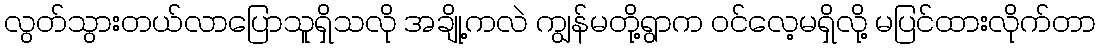
လွတ်သွားတယ်လာပြောသူရှိသလို အချို့ကလဲ ကျွန်မတို့ရွာက ဝင်လေ့မရှိလို့ မပြင်ထားလိုက်တာ